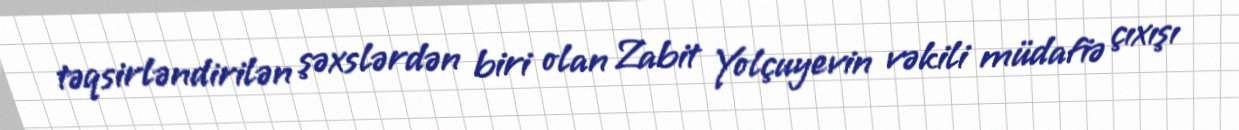
təqsirləndirilən şəxslərdən biri olan Zabit Yolçuyevin vəkili müdafiə çıxışı